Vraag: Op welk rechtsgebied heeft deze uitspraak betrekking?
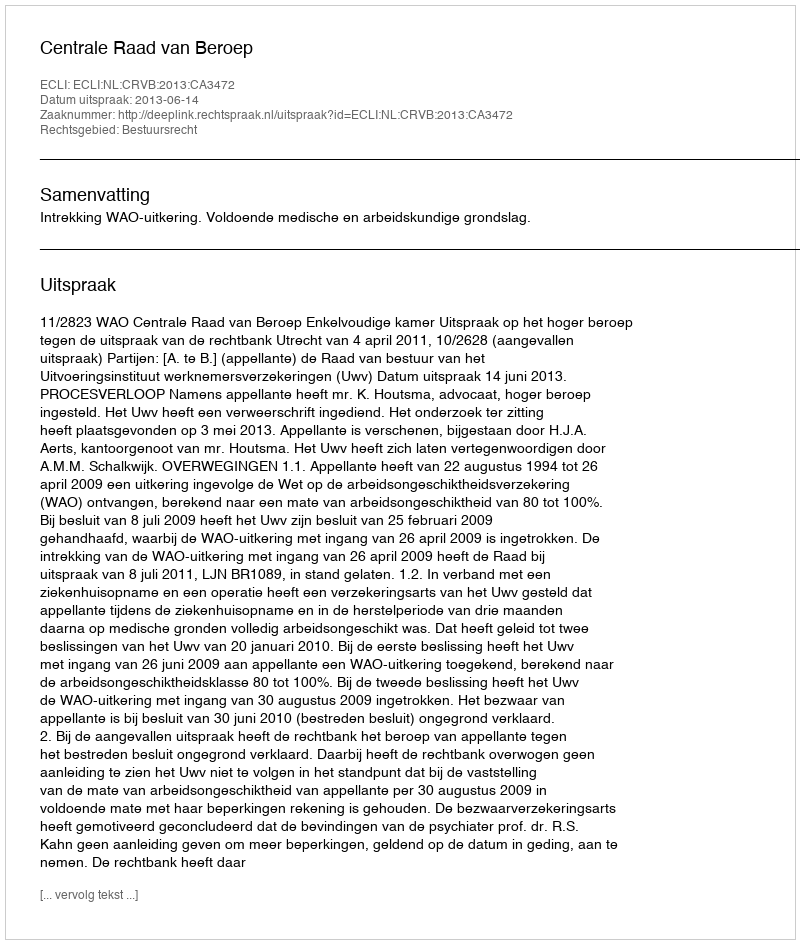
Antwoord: Bestuursrecht